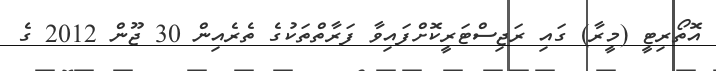
އޮތޯރިޓީ (މީރާ) ގައި ރަޖިސްޓަރީކޮށްފައިވާ ފަރާތްތަކުގެ ތެރެއިން 30 ޖޫން 2012 ގެ